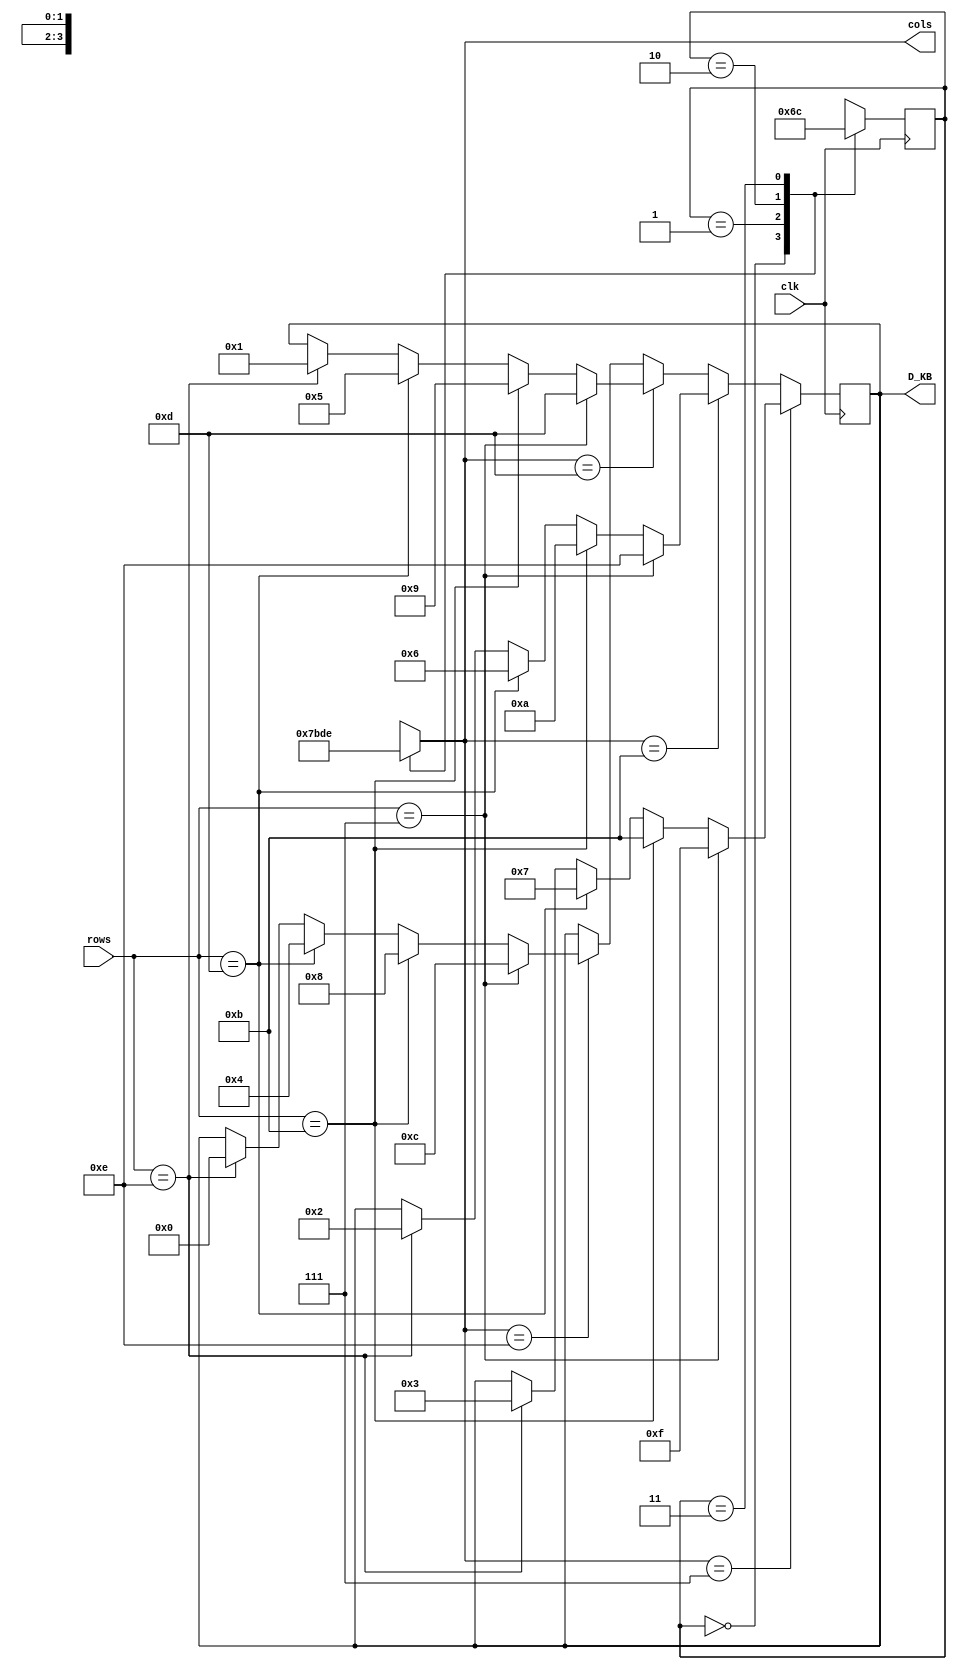

module keypad4x4(
    clk,
    rows,
    cols,
    D_KB
    );

input clk;
input [3:0] rows;
output reg [3:0] cols;
output reg [3:0] D_KB;

parameter s0=4'b0111;
parameter s1=4'b1011;
parameter s2=4'b1101;
parameter s3=4'b1110;

reg [1:0] state, next_state;

always @(*) begin
case (state)
	2'b00: begin cols <= s0; next_state <= 2'b01; end
	2'b01: begin cols <= s1; next_state <= 2'b10; end
	2'b10: begin cols <= s2; next_state <= 2'b11; end
	2'b11: begin cols <= s3; next_state <= 2'b00; end
endcase
end

always @( posedge clk ) begin
state <= next_state; end

always @(posedge clk)
begin
	if (cols == s0) begin
		if (rows == s0) D_KB <= 4'b1111;
		else if (rows == s1) D_KB <= 4'b1011;
		else if (rows == s2) D_KB <= 4'b0111; 
		else if (rows == s3) D_KB <= 4'b0011; 
		end
	else if (cols == s1) begin
		if (rows == s0) D_KB <= 4'b1110;
		else if (rows == s1) D_KB <= 4'b1010;
		else if (rows == s2) D_KB <= 4'b0110; 
		else if (rows == s3) D_KB <= 4'b0010; 
		end
	else if (cols == s2) begin
		if (rows == s0) D_KB <= 4'b1101; 
		else if (rows == s1) D_KB <= 4'b1001; 
		else if (rows == s2) D_KB <= 4'b0101; 
		else if (rows == s3) D_KB <= 4'b0001; 
		end
	else if (cols == s3) begin
		if (rows == s0) D_KB <= 4'b1100;
		else if (rows == s1) D_KB <= 4'b1000; 
		else if (rows == s2) D_KB <= 4'b0100;
		else if (rows == s3) D_KB <= 4'b0000; 
		end
end

endmodule